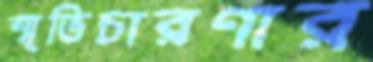
স্মৃতিচারণার